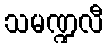
သမဏ္ဍလီ